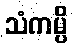
သံကမ္ပိ